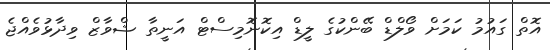
އޮތް ގައުމު ކަމަށް ވޯލްޑް ބޭންކުގެ ލީޑް އިކޮނޮމިސްޓް އަނީތާ ޝްވާޒް ވިދާޅުވެއްޖެ